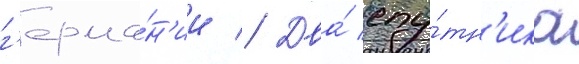
г'ерма́н'ии // Два́ спу́тн'ика